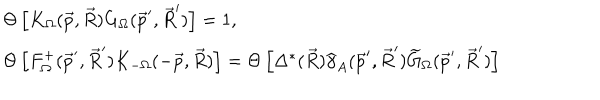
\begin{array} { l } { { \Theta \left[ K _ { \Omega } ( \vec { p } , \vec { R } ) G _ { \Omega } ( \vec { p } ^ { \prime } , \vec { R } ^ { \prime } ) \right] = 1 , } } \\ { { \Theta \left[ F _ { \Omega } ^ { + } ( \vec { p } ^ { \prime } , \vec { R } ^ { \prime } ) K _ { - \Omega } ( - \vec { p } , \vec { R } ) \right] = \Theta \left[ \Delta ^ { * } ( \vec { R } ) \widehat { \gamma } _ { A } ( \vec { p } ^ { \prime } , \vec { R } ^ { \prime } ) \widetilde { G } _ { \Omega } ( \vec { p } ^ { \prime } , \vec { R } ^ { \prime } ) \right] } } \\ \end{array}